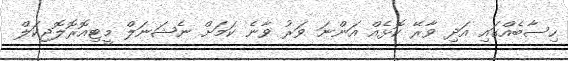
ހިސާބެއްގައި އަދި ވާރޭ ކޮޅެއް އަންނަ ވަރު ވާނެ ކަމަށް ނެޝަނަލް މީޓިއޮރޮލޮޖިކަލް